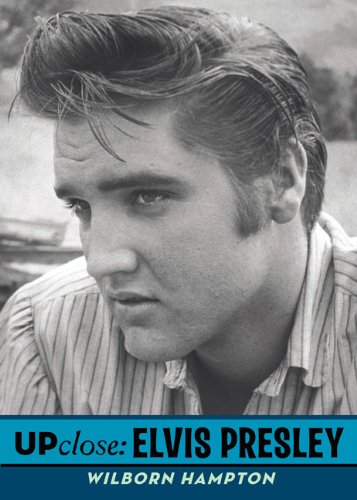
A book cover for Elvis Presley (Up Close); Wilborn Hampton; Teen & Young Adult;